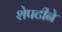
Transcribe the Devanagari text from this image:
शेपटीने